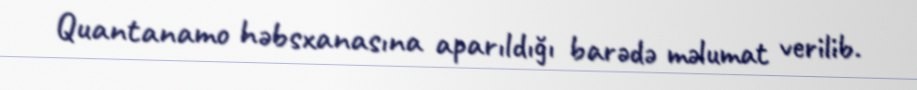
Quantanamo həbsxanasına aparıldığı barədə məlumat verilib.